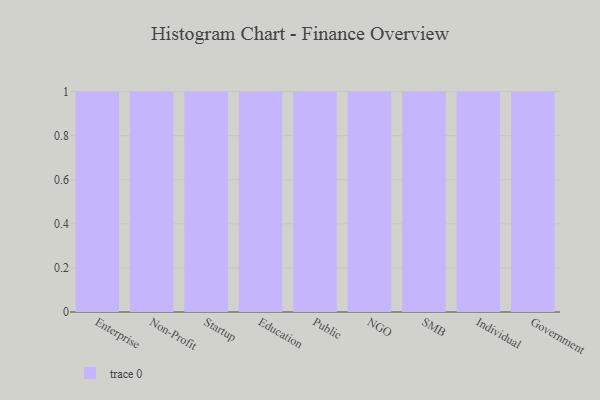
{"axis": {"x": "Segment", "y": "Headcount"}, "legend": [""], "data": [{"x": "Enterprise", "y": 30, "type": ""}, {"x": "Non-Profit", "y": 42, "type": ""}, {"x": "Startup", "y": 78, "type": ""}, {"x": "Education", "y": 79, "type": ""}, {"x": "Public", "y": 3, "type": ""}, {"x": "NGO", "y": 64, "type": ""}, {"x": "SMB", "y": 41, "type": ""}, {"x": "Individual", "y": 10, "type": ""}, {"x": "Government", "y": 26, "type": ""}]}